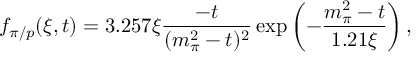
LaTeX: f _ { \pi / p } ( \xi , t ) = 3 . 2 5 7 \xi \frac { - t } { ( m _ { \pi } ^ { 2 } - t ) ^ { 2 } } \exp \left( - \frac { m _ { \pi } ^ { 2 } - t } { 1 . 2 1 \xi } \right) ,